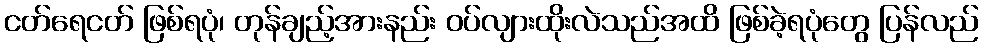
ငတ်ရေငတ် ဖြစ်ရပုံ၊ တုန်ချည့်အားနည်း ဝပ်လျားထိုးလဲသည်အထိ ဖြစ်ခဲ့ရပုံတွေ ပြန်လည်